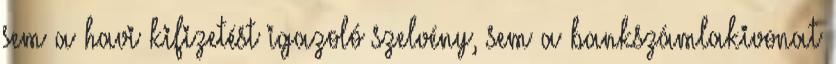
sem a havi kifizetést igazoló szelvény, sem a bankszámlakivonat